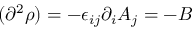
( \partial ^ { 2 } \rho ) = - \epsilon _ { i j } \partial _ { i } A _ { j } = - B